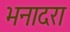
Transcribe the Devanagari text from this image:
भनादरा